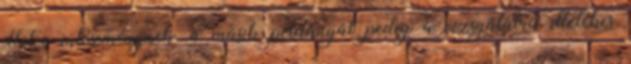
illetve intézménynek, a másik példányát pedig a vizsgálatra illetékes